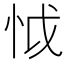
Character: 怴